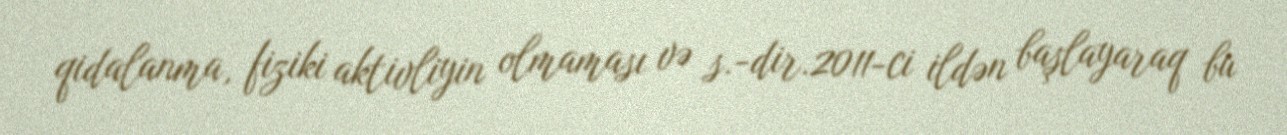
qidalanma, fiziki aktivliyin olmaması və s.-dir.2011-ci ildən başlayaraq bu